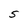
Character: 5